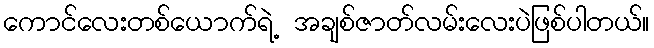
ကောင်လေးတစ်ယောက်ရဲ့ အချစ်ဇာတ်လမ်းလေးပဲဖြစ်ပါတယ်။